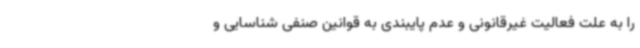
را به علت فعالیت غیرقانونی و عدم پایبندی به قوانین صنفی شناسایی و